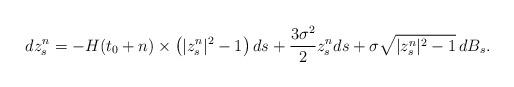
LaTeX: \begin{align*}d z^n_s= -H(t_0+n) \times \left( |z^n_s|^2-1 \right)ds + \frac{3 \sigma^2}{2} z^n_s ds+ \sigma \sqrt{|z^n_s|^2-1} \,dB_s.\end{align*}